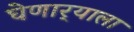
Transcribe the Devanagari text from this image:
घेणार्‍याला